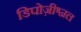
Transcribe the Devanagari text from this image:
डिपोज़ीश्नल